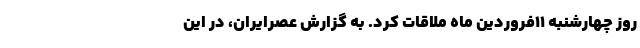
روز چهارشنبه ۱۱فروردین ماه ملاقات کرد. به گزارش عصرایران، در این